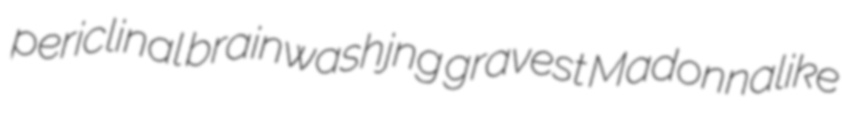
periclinal brainwashjng gravest Madonnalike